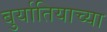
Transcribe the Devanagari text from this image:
बुर्यातियाच्या